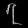
Digit: ၇